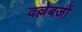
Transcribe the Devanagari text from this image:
वल्लेबजों